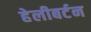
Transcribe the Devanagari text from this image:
हेलीबर्टन